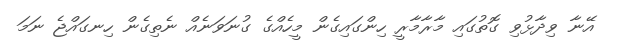
އޭނާ ވިދާޅުވި ގޮތުގައި މާރާމާރީ ހިންގައިގެން މީހެއްގެ ގުނަވަނެއް ނެތިގެން ހިނގައްޖެ ނަމަ